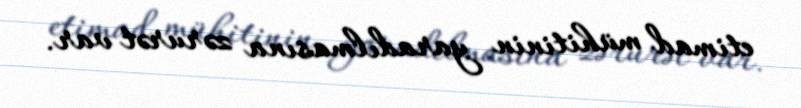
etimad mühitinin yaradılmasına zərurət var.